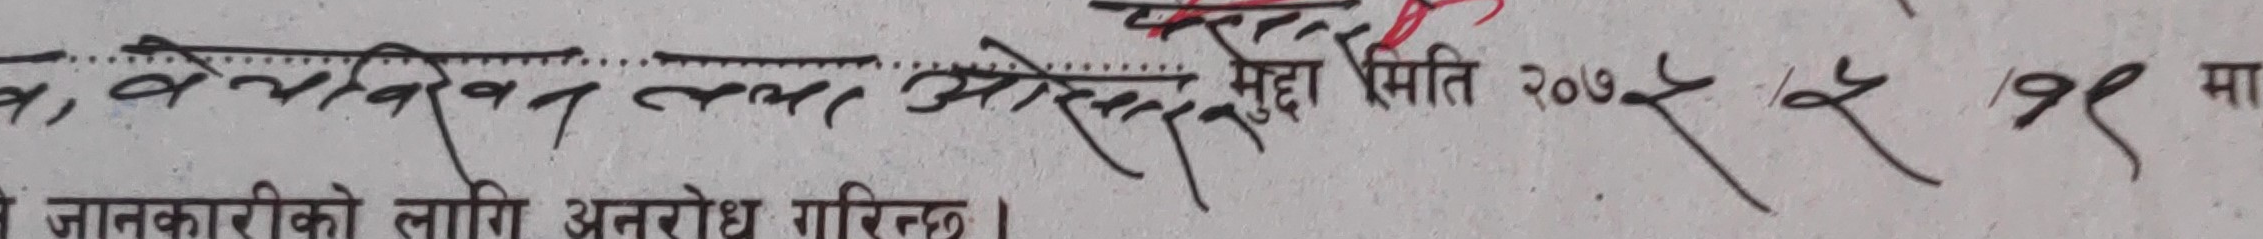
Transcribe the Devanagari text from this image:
ख, बेथोव्विन लथा ओरेस मुद्दा मिति २०७९/६/१९ मा